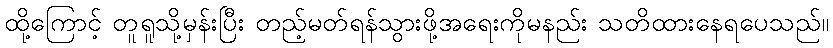
ထို့ကြောင့် တူရူသို့မှန်းပြီး တည့်မတ်ရန်သွားဖို့အရေးကိုမနည်း သတိထားနေရပေသည်။